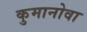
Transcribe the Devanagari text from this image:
कुमानोवा